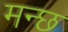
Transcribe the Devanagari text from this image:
मन्छ